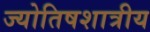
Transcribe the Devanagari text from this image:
ज्योतिषशात्रीय